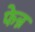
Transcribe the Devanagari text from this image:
फेन्न